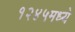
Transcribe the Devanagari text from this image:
१२४५मध्ये